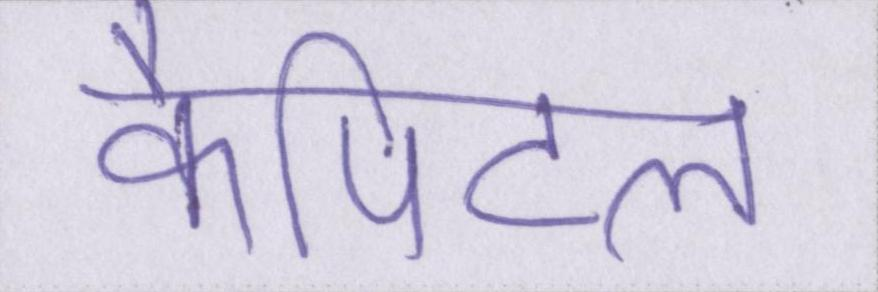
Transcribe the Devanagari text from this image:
कैपिटल